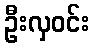
ဦးလှဝင်း